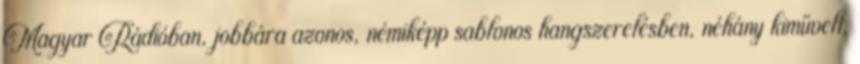
Magyar Rádióban, jobbára azonos, némiképp sablonos hangszerelésben, néhány kiművelt,